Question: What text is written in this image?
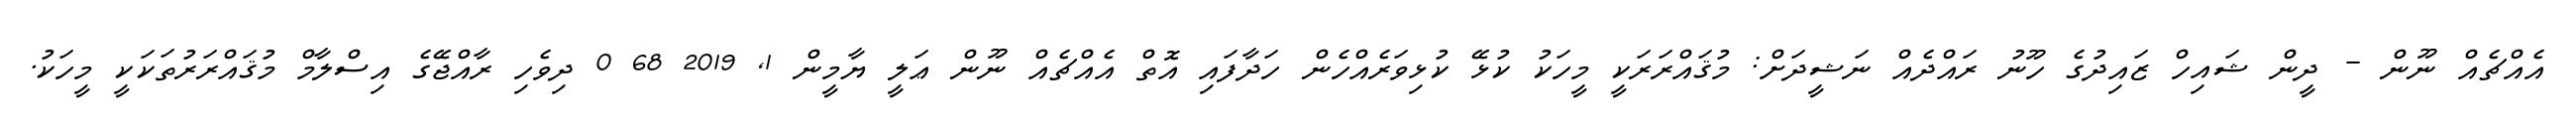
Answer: އެއްޗެއް ނޫން - ދީން ޝައިހް ޒައިދުގެ ހޫނު ރައްދެއް ނަޝީދަށް: މުޤައްރަރަކީ މީހަކު ކުޅޭ ކުޅިވަރެއްހެން ހަދާފައި އޮތް އެއްޗެއް ނޫން ޢަލީ ޔާމީން 1, 2019 68 0 ދިވެހި ރާއްޖޭގެ އިސްލާމް މުޤައްރަރުތަކަކީ މީހަކު.